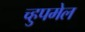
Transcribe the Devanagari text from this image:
च्हुपमेल